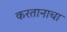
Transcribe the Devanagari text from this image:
करतानाचा